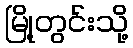
မြို့တွင်းသို့